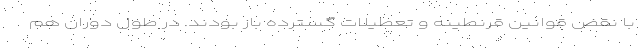
با نقض قوانین قرنطینه و تعطیلات گسترده باز بودند. در طول دوران هم